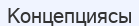
Концепциясы